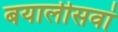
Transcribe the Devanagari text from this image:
बयालीसवां